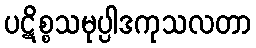
ပဋိစ္စသမုပ္ပါဒကုသလတာ